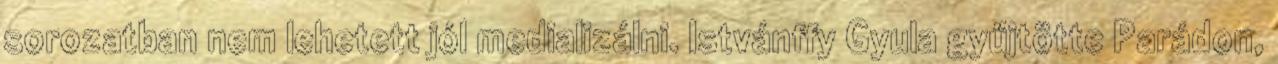
sorozatban nem lehetett jól medializálni. Istvánffy Gyula gyűjtötte Parádon,